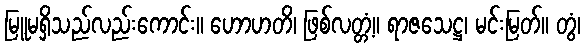
မြူမရှိသည်လည်းကောင်း။ ဟောဟတိ၊ ဖြစ်လတ္တံ့။ ရာဇသေဋ္ဌ၊ မင်းမြတ်။ တွံ၊